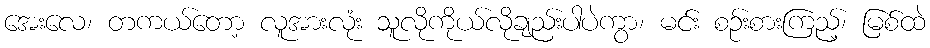
အေးလေ၊ တကယ်တော့ လူအားလုံး သူလိုကိုယ်လိုချည်းပါပဲကွာ၊ မင်း စဉ်းစားကြည့်၊ မြစ်ထဲ